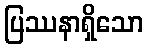
ပြဿနာရှိသော